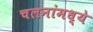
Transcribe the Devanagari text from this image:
चलनांमध्ये